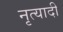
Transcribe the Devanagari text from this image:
नृत्यादी